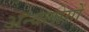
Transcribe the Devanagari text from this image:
अन्यलोगों